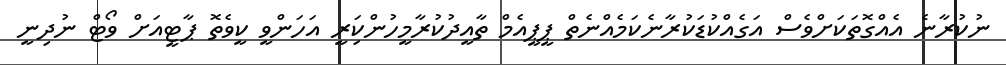
ނުކުރާނެ އެއްގޮތަކަށްވެސް އަގެއްކުޑަކުރާނެކަމެއްނެތް ޕީޕީއެމް ތާއީދުކުރާމީހުންކަިރީ އަހަންވީ ކީވެތޮ ޕާޓީއަށް ވޯޓް ނުދިނީ